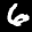
Label: 6